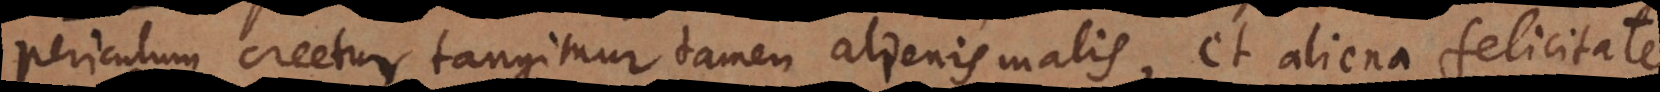
periculum creetur tangimur tamen alienis malis, et aliena felicitate